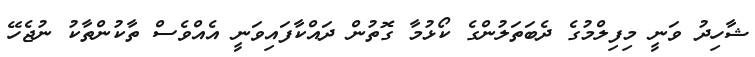
ޝާހިދު ވަނީ މިފިލްމުގެ ދެބަތަލުންގެ ކޯޅުމާ ގޮތުން ދައްކާފައިވަނީ އެއްވެސް ތާކުންތާކު ނުޖެހޭ